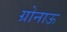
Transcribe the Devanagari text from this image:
ग्रोनाऊ